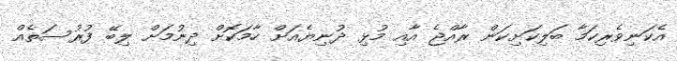
އެކަނިވެރިކަމާ ބަލިކަށިކަން ރާއްޖެ އާއި މުޅި ދުނިޔެއަށް ހާމަކޮށް ދިނުމަށް ލިބޭ ފުރުސަތެއް